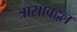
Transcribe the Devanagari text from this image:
त्रासाबद्दल